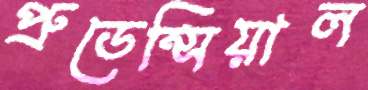
প্রুডেন্সিয়াল